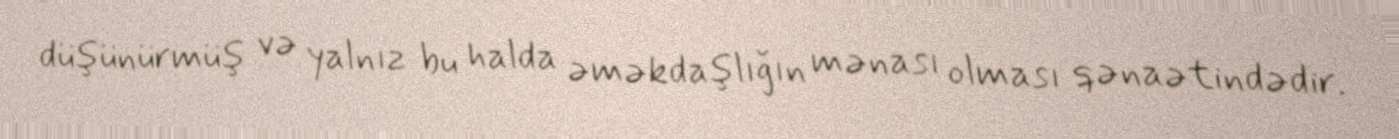
düşünürmüş və yalnız bu halda əməkdaşlığın mənası olması qənaətindədir.